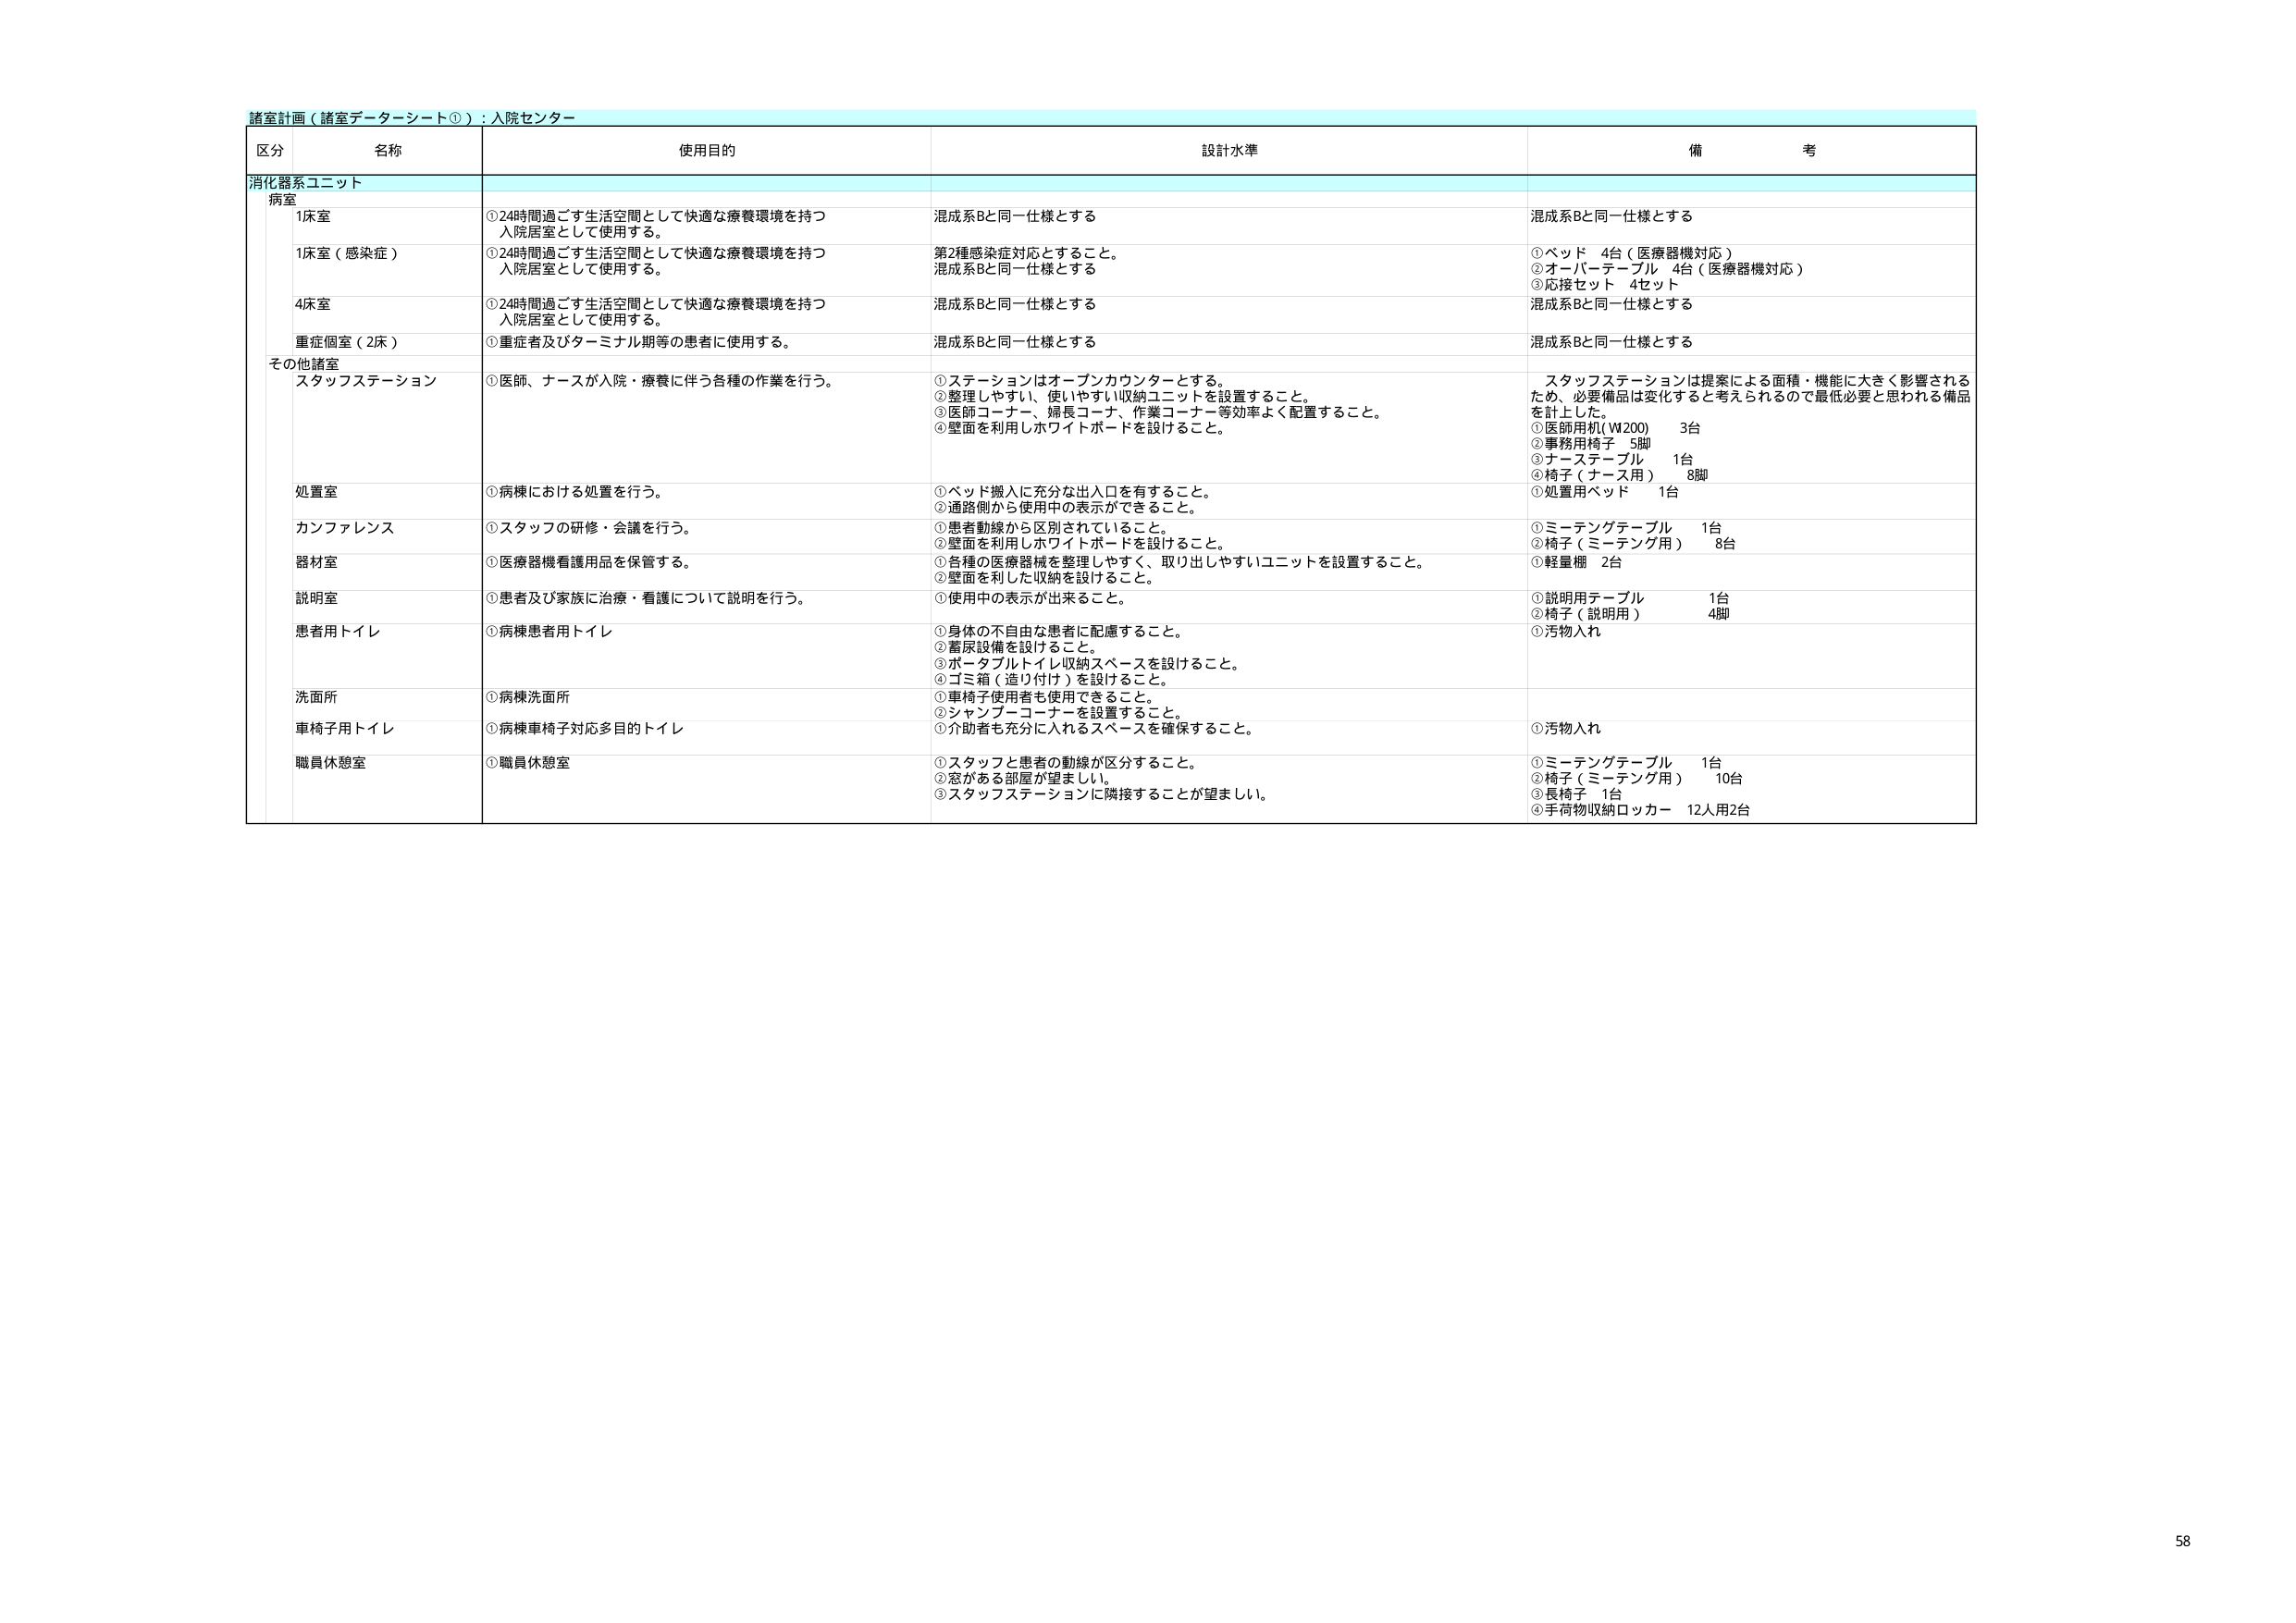
諸室計画（諸室データシート①）：入院センター

区分 名称 使用目的 設計水準 備考

消化器系ユニット

病室
1床室 ①24時間過ごす生活空間として快適な療養環境を持つ入院居室として使用する。 混成系Bと同一仕様とする 混成系Bと同一仕様とする
1床室（感染症） ①24時間過ごす生活空間として快適な療養環境を持つ入院居室として使用する。 第2種感染症対応とすること。混成系Bと同一仕様とする ①ベッド 4台（医療器機対応）②オーバーテーブル 4台（医療器機対応）③応接セット 4セット
4床室 ①24時間過ごす生活空間として快適な療養環境を持つ入院居室として使用する。 混成系Bと同一仕様とする 混成系Bと同一仕様とする
重症個室（2床） ①重症者及びターミナル期等の患者に使用する。 混成系Bと同一仕様とする 混成系Bと同一仕様とする

その他諸室
スタッフステーション ①医師、ナースが入院・療養に伴う各種の作業を行う。 ①ステーションはオープンカウンターとする。②整理しやすい、使いやすい収納ユニットを設置すること。③医師コーナー、婦長コーナー、作業コーナー等効率よく配置すること。④壁面を利用しホワイトボードを設けること。 スタッフステーションは提案による面積・機能に大きく影響されるため、必要備品は変化すると考えられるので最低必要と思われる備品を計上した。①医師用机（W200） 3台②事務用椅子 5脚③ナーステーブル 1台④椅子（ナース用） 8脚
処置室 ①病棟における処置を行う。 ①ベッド搬入に充分な出入口を有すること。②通路側から使用中の表示ができること。 ①処置用ベッド 1台
カンファレンス ①スタッフの研修・会議を行う。 ①患者動線から区別されていること。②壁面を利用しホワイトボードを設けること。 ①ミーテングテーブル 1台②椅子（ミーテング用） 8台
器材室 ①医療器機看護用品を保管する。 ①各種の医療器械を整理しやすく、取り出しやすいユニットを設置すること。②壁面を利した収納を設けること。 ①軽量棚 2台
説明室 ①患者及び家族に治療・看護について説明を行う。 ①使用中の表示が出来ること。 ①説明用テーブル 1台②椅子（説明用） 4脚
患者用トイレ ①病棟患者用トイレ ①身体の不自由な患者に配慮すること。②着尿設備を設けること。③ポータブルトイレ収納スペースを設けること。④ゴミ箱（造り付け）を設けること。 ①汚物入れ
洗面所 ①病棟洗面所 ①車椅子使用者も使用できること。②シャンプーコーナーを設置すること。③介助者も充分に入れるスペースを確保すること。
車椅子用トイレ ①病棟車椅子対応多目的トイレ ①汚物入れ
職員休憩室 ①職員休憩室 ①スタッフと患者の動線が区分すること。②窓がある部屋が望ましい。③スタッフステーションに隣接することが望ましい。 ①ミーテングテーブル 1台②椅子（ミーテング用） 10台③長椅子 1台④手荷物収納ロッカー 12人用2台

58